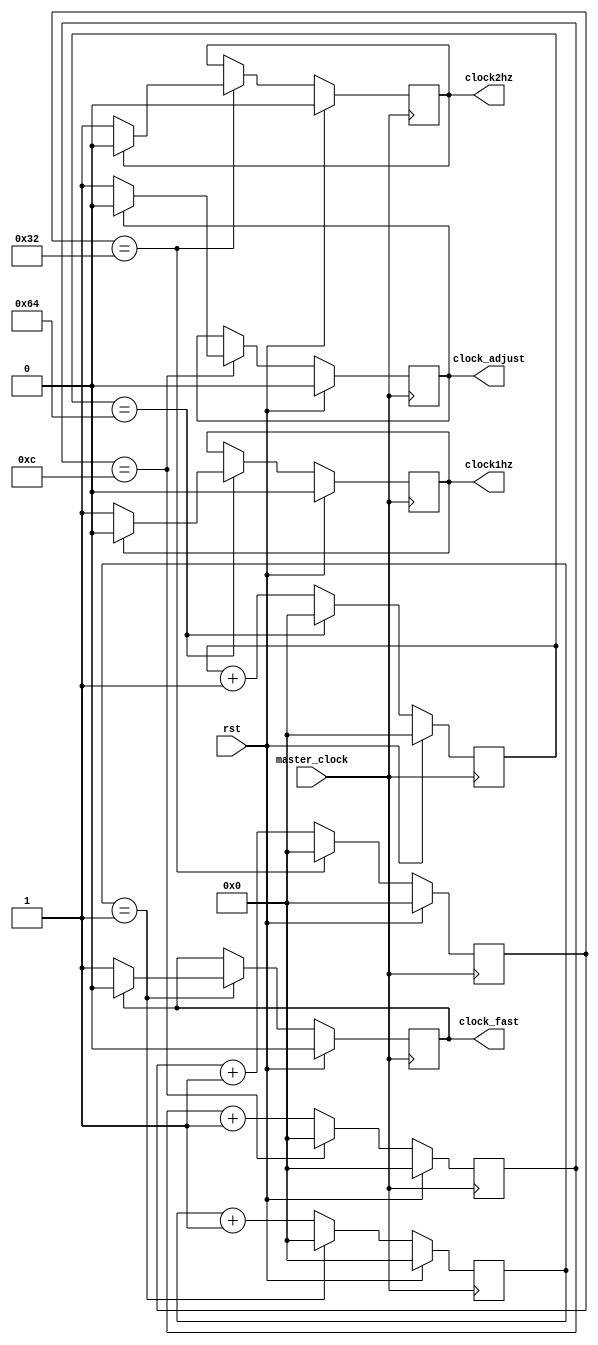
`timescale 1ns / 1ps
//////////////////////////////////////////////////////////////////////////////////
// Company: 
// Engineer: 
// 
// Design Name: 
// Module Name:    clocks 
// Project Name: 
// Target Devices: 
// Tool versions: 
// Description: 
//
// Dependencies: 
//
// Revision: 
// Revision 0.01 - File Created
// Additional Comments: 
//
//////////////////////////////////////////////////////////////////////////////////
module clocks(rst, master_clock, clock1hz, clock2hz, clock_adjust, clock_fast);

input wire rst;
input wire master_clock;

output reg clock1hz;
output reg clock2hz;
output reg clock_adjust;
output reg clock_fast;

reg[27:0] counter1hz;
reg[27:0] counter2hz;
reg[27:0] counter_adjust;
reg[27:0] counter_fast;

parameter cutoff1hz = 50000000;
parameter cutoff2hz = 25000000;
parameter cutoff_adjust = 40000000; //1.25Hz
parameter cutoff_fast = 50000; //100

always @ (posedge master_clock) begin
	if (rst) begin
		counter1hz <= 0;
		counter2hz <= 0;
		counter_adjust <= 0;
		counter_fast <= 0;
		clock1hz <= 0;
		clock2hz <= 0;
		clock_adjust <= 0;
		clock_fast <= 0;
		
	end
	else begin
			// increment counters
			counter1hz <= counter1hz + 1'b1;
			counter2hz <= counter2hz + 1'b1;
			counter_adjust <= counter_adjust + 1'b1;
			counter_fast <= counter_fast + 1'b1;

			//SIMULATION sped up x100
			//== cutoff1hz/100
			if(counter1hz == 100) begin
				counter1hz <= 0;
				if(clock1hz == 0)
					clock1hz <= 1'b1;
				else
					clock1hz <= 1'b0;
			end

			//SIMULATION sped up x100
			//== cutoff2hz/100
			if(counter2hz == 50) begin
				counter2hz <= 0;
				if(clock2hz == 0)
					clock2hz <= 1'b1;
				else
					clock2hz <= 1'b0;
			end

			//SIMULATION sped up x100
			//== cutoff_adjust/100
			if(counter_adjust == 12) begin
				counter_adjust <= 0;
				if(clock_adjust == 0)
					clock_adjust <= 1'b1;
				else
					clock_adjust <= 1'b0;
			end

			//SIMULATION sped up x100
			// == cutoff_fast/100
			if(counter_fast == 1) begin
				counter_fast <= 0;
				if(clock_fast == 0)
					clock_fast <= 1'b1;
				else
					clock_fast <= 1'b0;
			end
	end
end

endmodule